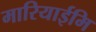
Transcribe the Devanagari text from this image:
मारियाईमि